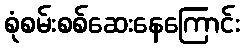
စုံစမ်းစစ်ဆေးနေကြောင်း